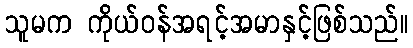
သူမက ကိုယ်ဝန်အရင့်အမာနှင့်ဖြစ်သည်။